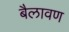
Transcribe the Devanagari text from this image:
बैलावण